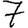
Digit: 7